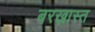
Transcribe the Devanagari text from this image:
बरख़ास्त